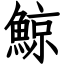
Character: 鯨